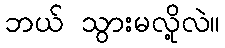
ဘယ် သွားမလို့လဲ။